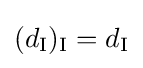
(d_{\text{I}})_{\text{I}}=d_{\text{I}}